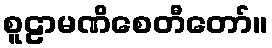
စူဠာမဏိစေတီတော်။